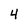
Character: 4